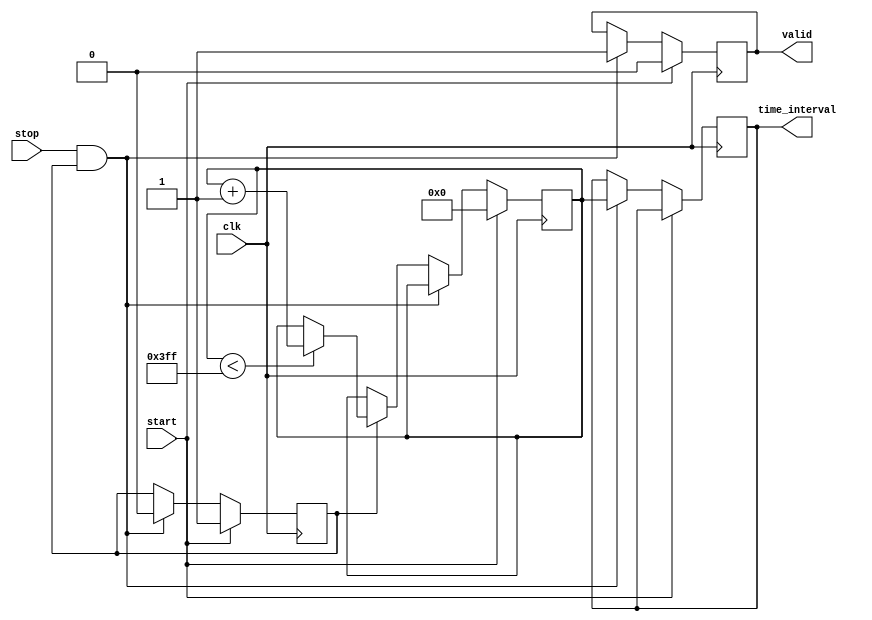
module TDC (
    input wire clk,          // High-frequency clock input
    input wire start,        // Start signal
    input wire stop,         // Stop signal
    output reg [9:0] time_interval, // 10-bit output for time interval
    output reg valid         // Output valid signal
);

    // Parameters
    parameter DELAY_STAGES = 10; // Number of delay stages
    parameter MAX_COUNT = 10'd1023; // Maximum count value (2^10 - 1)

    // Internal signals
    reg [DELAY_STAGES-1:0] delay_line; // Delay line for time measurement
    reg [9:0] counter;                  // Counter for measuring time intervals
    reg measuring;                      // State to indicate if measuring is active

    // Clock generation (for simulation purposes, assume clk is provided externally)

    // Start and Stop signal detection
    always @(posedge clk) begin
        if (start) begin
            counter <= 10'b0;           // Reset counter on start
            measuring <= 1'b1;          // Start measuring
            valid <= 1'b0;              // Reset valid output
        end else if (stop && measuring) begin
            measuring <= 1'b0;          // Stop measuring
            time_interval <= counter;    // Capture time interval
            valid <= 1'b1;               // Set valid output
        end else if (measuring) begin
            if (counter < MAX_COUNT) begin
                counter <= counter + 1;  // Increment counter
            end
        end
    end

    // Delay line implementation (simple shift register for demonstration)
    always @(posedge clk) begin
        if (measuring) begin
            delay_line <= {delay_line[DELAY_STAGES-2:0], 1'b1}; // Shift in a '1'
        end else begin
            delay_line <= 0; // Reset delay line when not measuring
        end
    end

endmodule